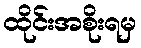
ထိုင်းအစိုးရမှ